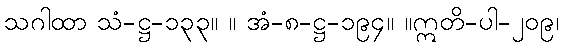
သဂါထာ သံ-ဋ္ဌ-၁၃၃။ ။ အံ-၈-ဋ္ဌ-၁၉၄။ ။ဣတိ-ပါ-၂၀၉၊